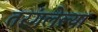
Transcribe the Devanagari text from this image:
तरंगलेल्या